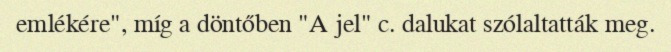
emlékére", míg a döntőben "A jel" c. dalukat szólaltatták meg.